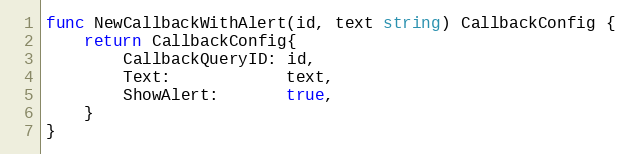
Language: Go
func NewCallbackWithAlert(id, text string) CallbackConfig {
	return CallbackConfig{
		CallbackQueryID: id,
		Text:            text,
		ShowAlert:       true,
	}
}